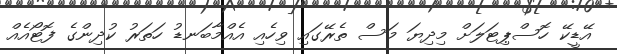
އޭޑީކޭ ހޮސްޕިޓަލަށް މިދިޔަ މަސް ތެރޭގައި ވިހެއި އެއްމާބަނޑު ހަތަރު ކުދިންގެ ފޮޓޯއެއް